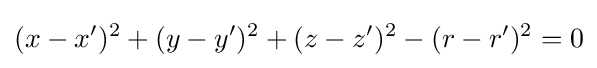
(x-x')^{2}+(y-y')^{2}+(z-z')^{2}-(r-r')^{2}=0